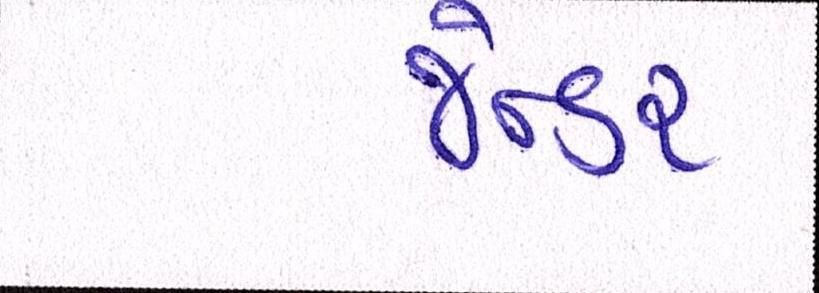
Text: જેન્ડર